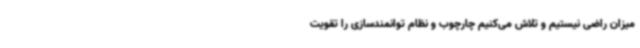
میزان راضی نیستیم و تلاش می‌کنیم چارچوب و نظام توانمندسازی را تقویت